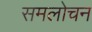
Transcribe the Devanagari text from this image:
समलोचन